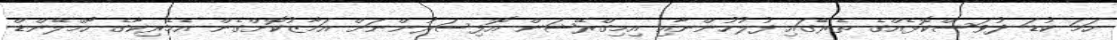
ހަމަ ކުޑަ ދުވަސްކޮޅެއްގެ ތެރޭގައި ފުލުހުންނާއި އިމިގްރޭޝަން އޮފިސަރުންނަށް އަމާޒުކޮށްގެން އެމެރިކާގެ ހޯމްލޭންޑް